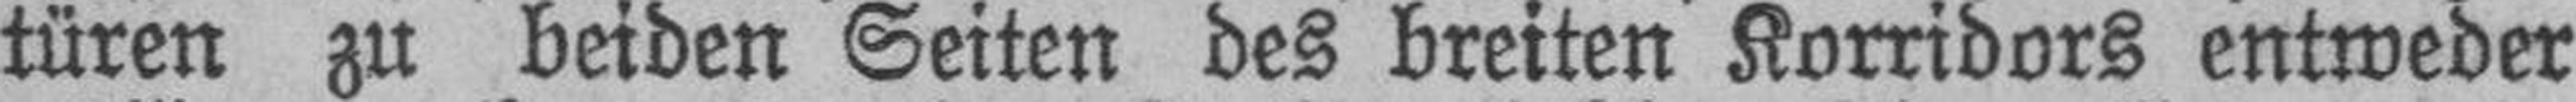
türen zu beiden Seiten des breiten Korridors entweder